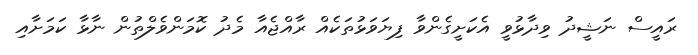
ރައީސް ނަޝީދު ވިދާޅުވީ އެކަށީގެންވާ ފިޔަވަޅުތަކެއް ރާއްޖެއާ މެދު ކޮމަންވެލްތުން ނާޅާ ކަމަށާއި